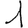
Digit: 1